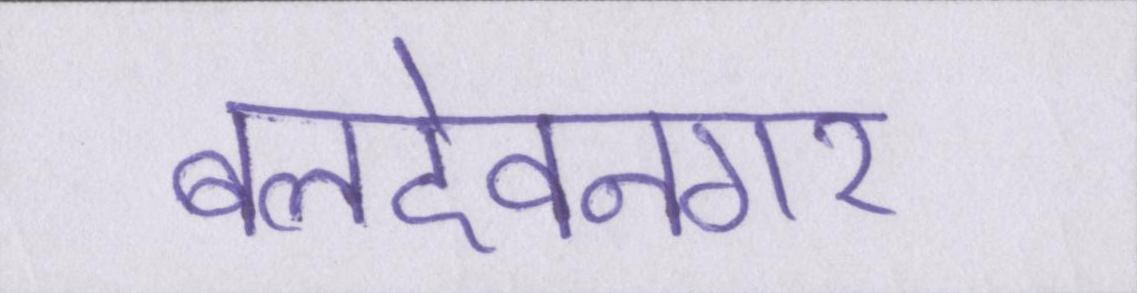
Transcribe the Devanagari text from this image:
बलदेवनगर